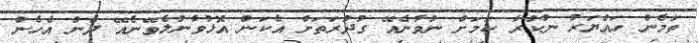
ތަމެން ހައްޔަރު ނުކުރާ ކަމަށް ނުވާނެއޭ ގުދުރަތަށް އެކަން އޮޅުވާނުލެވޭނެއޭ ދެން އެހެން